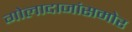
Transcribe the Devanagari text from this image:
गोलादाजांसमोर